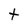
Character: t